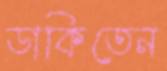
ডাকিতেন